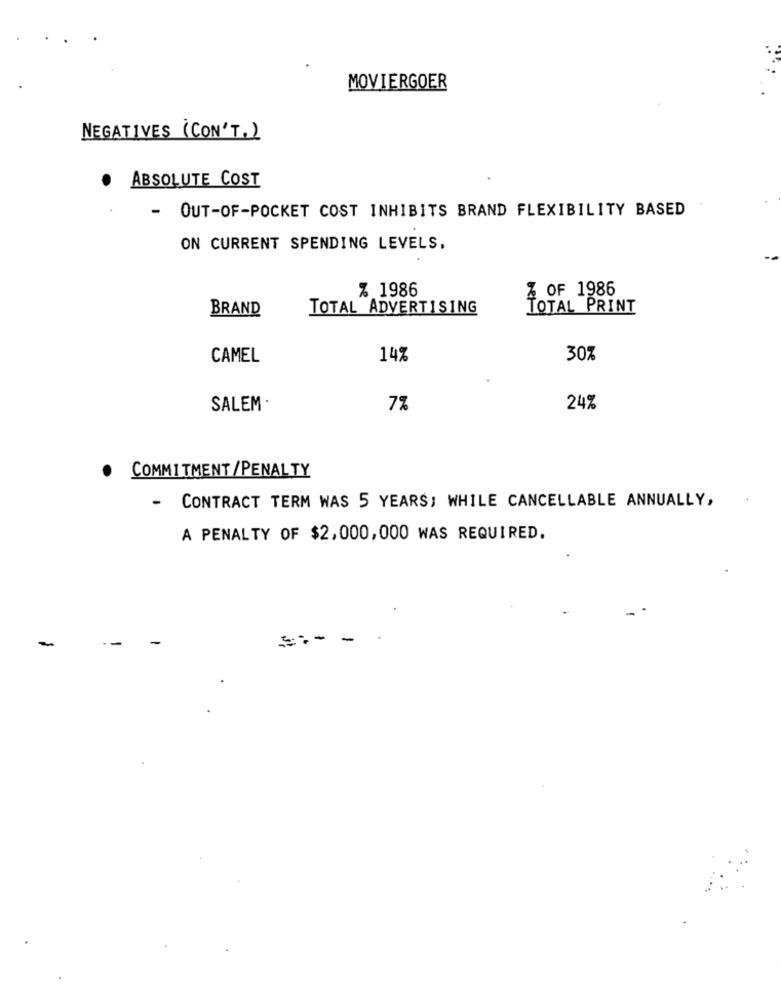
MOVIERGOER
NEGATIVES (CON'T.)
ABSOLUTE COST
.
- OUT-OF-POCKET COST INHIBITS BRAND FLEXIBILITY BASED
ON CURRENT SPENDING LEVELS,
% 1986
% OF 1986
BRAND
TOTAL ADVERTISING
TOTAL PRINT
CAMEL
14%
30%
SALEM
7%
24%
.
COMMITMENT /PENALTY
-
CONTRACT TERM WAS 5 YEARS; WHILE CANCELLABLE ANNUALLY,
A PENALTY OF $2,000,000 WAS REQUIRED.
-